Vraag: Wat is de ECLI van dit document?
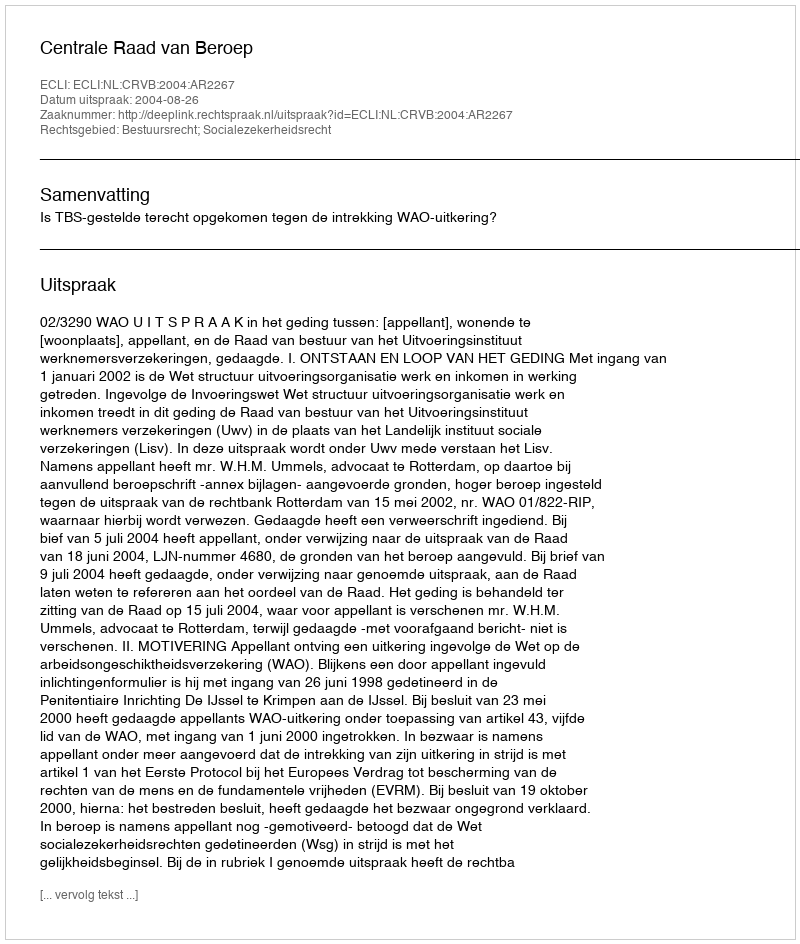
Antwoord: ECLI:NL:CRVB:2004:AR2267